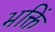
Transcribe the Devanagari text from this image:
भक्तिं